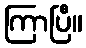
ကြာပြီ။